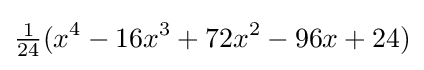
{\tfrac {1}{24}}(x^{4}-16x^{3}+72x^{2}-96x+24)